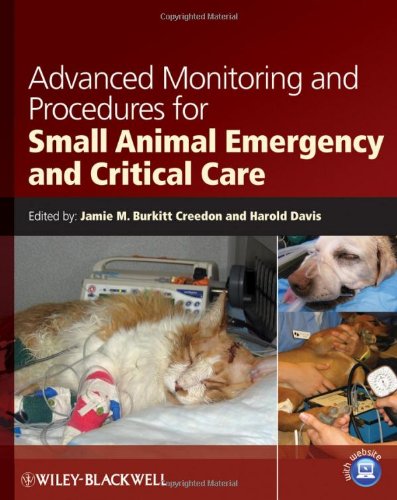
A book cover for Advanced Monitoring and Procedures for Small Animal Emergency and Critical Care; Medical Books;